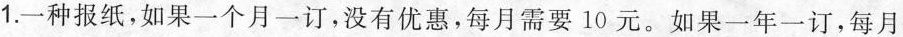
1.一种报纸，如果一个月一订，没有优惠，每月需要10元。如果一年一订，每月